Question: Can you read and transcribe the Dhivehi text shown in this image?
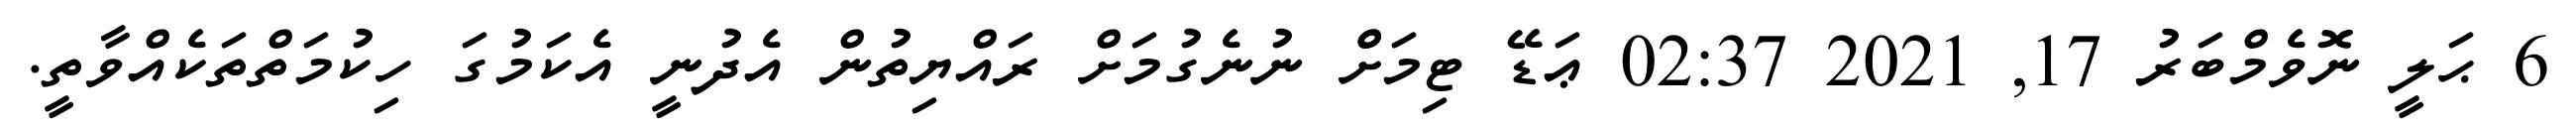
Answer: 6 ޙަލީ ނޮވެމްބަރު 17, 2021 02:37 ޢަޑޭ ޓިމަށްް ނުނެގުމަށް ރައްޔިތުން އެދުނީ އެކަމުގަ ހިކުމަތްތަކެއްވާތީ.